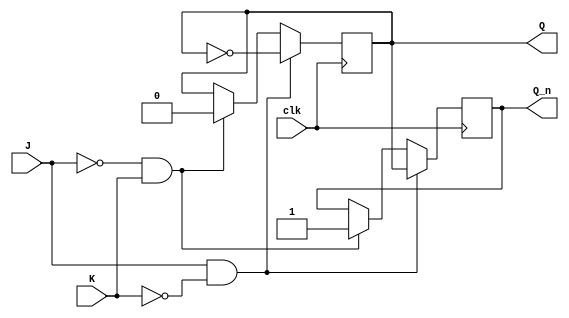
module neg_edge_triggered_jk_ff (
    input wire clk,
    input wire J,
    input wire K,
    output reg Q,
    output reg Q_n
);

always @(negedge clk) begin
    if(J & ~K) begin
        Q <= ~Q;
        Q_n <= Q;
    end else if(~J & K) begin
        Q <= 0;
        Q_n <= 1;
    end else if(J & K) begin
        // hold current state
    end else begin
        // remain in current state
    end
end

endmodule